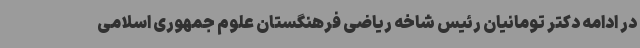
در ادامه دکتر تومانیان رئیس شاخه ریاضی فرهنگستان علوم جمهوری اسلامی